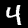
Label: 4